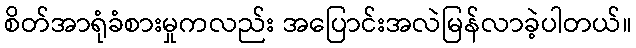
စိတ်အာရုံခံစားမှုကလည်း အပြောင်းအလဲမြန်လာခဲ့ပါတယ်။